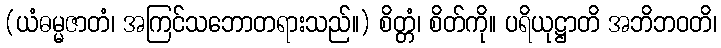
(ယံဓမ္မဇာတံ၊ အကြင်သဘောတရားသည်။) စိတ္တံ၊ စိတ်ကို။ ပရိယုဋ္ဌာတိ အဘိဘဝတိ၊